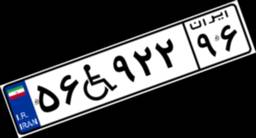
۵۶W۹۲۲۹۶